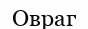
Овраг